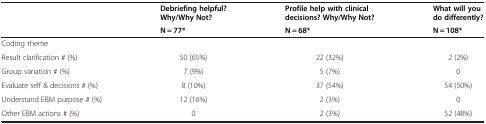
<table><thead><tr><td rowspan="2"><b> </b></td><td><b>Debriefing helpful? Why/Why Not?</b></td><td><b>Profile help with clinical decisions? Why/Why Not?</b></td><td><b>What will you do differently?</b></td></tr><tr><td><b>N = 77*</b></td><td><b>N = 68*</b></td><td><b>N = 108*</b></td></tr></thead><tbody><tr><td>Coding theme</td><td> </td><td> </td><td> </td></tr><tr><td>Result clarification # (%)</td><td>50 (65%)</td><td>22 (32%)</td><td>2 (2%)</td></tr><tr><td>Group variation # (%)</td><td>7 (9%)</td><td>5 (7%)</td><td>0</td></tr><tr><td>Evaluate self &amp; decisions # (%)</td><td>8 (10%)</td><td>37 (54%)</td><td>54 (50%)</td></tr><tr><td>Understand EBM purpose # (%)</td><td>12 (16%)</td><td>2 (3%)</td><td>0</td></tr><tr><td>Other EBM actions # (%)</td><td>0</td><td>2 (3%)</td><td>52 (48%)</td></tr></tbody></table>